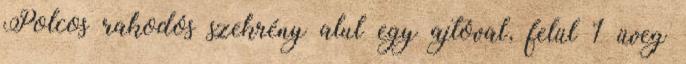
Polcos rakodós szekrény alul egy ajtóval, felül 1 üveg